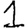
Digit: 1